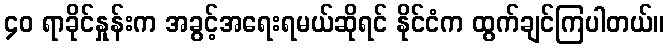
၄၀ ရာခိုင်နှုန်းက အခွင့်အရေးရမယ်ဆိုရင် နိုင်ငံက ထွက်ချင်ကြပါတယ်။